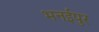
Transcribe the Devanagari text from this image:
भनईपुर